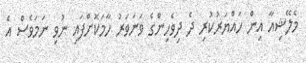
މެލޭޝިއާ އިން ހައްޔަރުކުރި ދެ ދިވެހިންގެ ވަނަވަރު ހާމަކޮށްފައި ނުވި ނަމަވެސް އެ